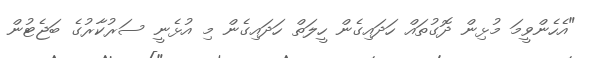
"އެހެންވީމަ މުޅިން ދޮގުތައް ހަދައިގެން ހީލަތް ހަދައިގެން މި އުޅެނީ ސަރުކާރުގެ ބަޖެޓުން